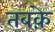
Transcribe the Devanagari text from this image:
तबके़